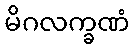
မိဂလက္ခဏံ